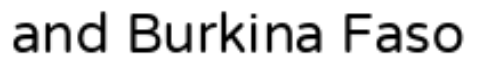
and Burkina Faso